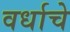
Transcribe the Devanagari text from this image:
वर्धाचे